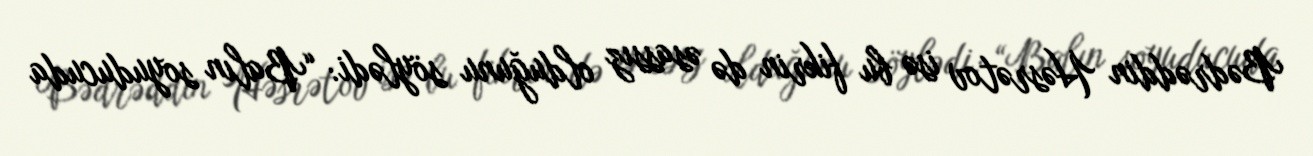
Bədrəddin Həsrətov isə bu fikrin də əsassız olduğunu söylədi: “Balın soyuducuda